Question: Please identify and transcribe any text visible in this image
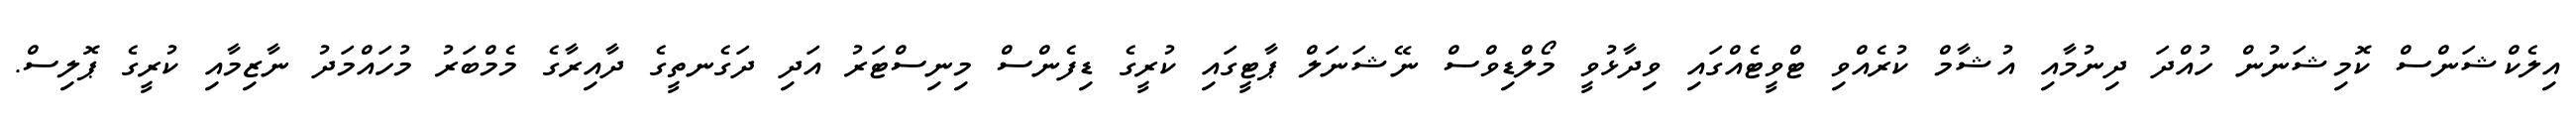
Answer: އިލެކްޝަންސް ކޮމިޝަނުން ހުއްދަ ދިނުމާއި އުޝާމް ކުރެއްވި ޓްވީޓެއްގައި ވިދާޅުވީ މޯލްޑިވްސް ނޭޝަނަލް ޕާޓީގައި ކުރީގެ ޑިފެންސް މިނިސްޓަރު އަދި ދަގެނތީގެ ދާއިރާގެ މެމްބަރު މުހައްމަދު ނާޒިމާއި ކުރީގެ ޕޮލިސް.